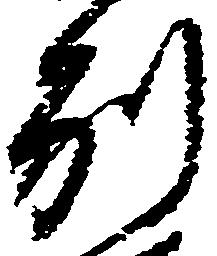
別